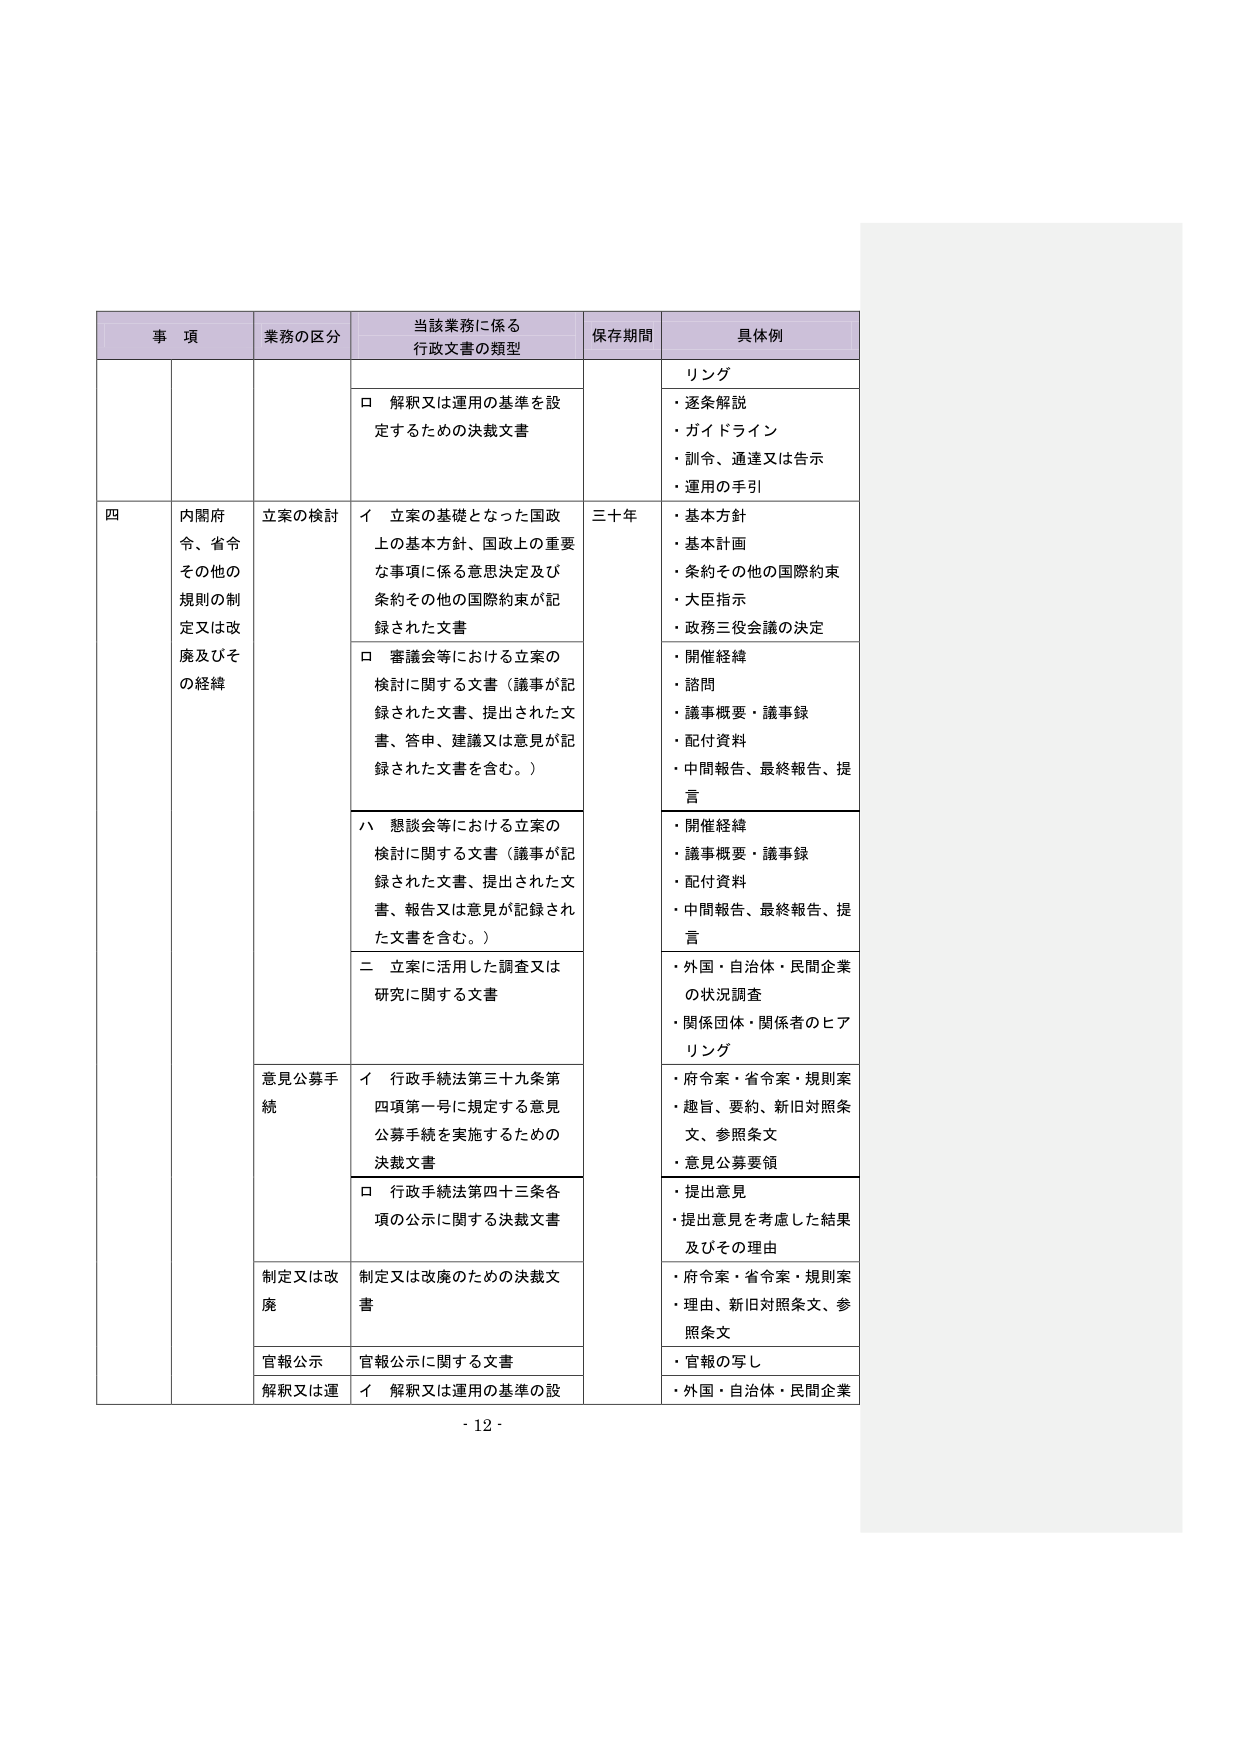
事 項 業務の区分 当該業務に係る 行政文書の類型 保存期間 具体例 リング □ 解釈又は運用の基準を設 定するための決裁文書 ・逐条解説 ・ガイドライン ・訓令、通達又は告示 ・運用の手引 四 内閣府 令、省令 その他の 規則の制 定又は改 廃及びそ の経緯 立案の検討 イ 立案の基礎となった国政 上の基本方針、国政上の重要 な事項に係る意思決定及び 条約その他の国際約束が記 録された文書 三十年 ・基本方針 ・基本計画 ・条約その他の国際約束 ・大臣指示 ・政務三役会議の決定 □ 審議会等における立案の 検討に関する文書（議事が記 録された文書、提出された文 書、答申、建議又は意見が記 録された文書を含む。） ・開催経緯 ・諮問 ・議事概要・議事録 ・配付資料 ・中間報告、最終報告、提 言 ハ 懇談会等における立案の 検討に関する文書（議事が記 録された文書、提出された文 書、報告又は意見が記録され た文書を含む。） ・開催経緯 ・議事概要・議事録 ・配付資料 ・中間報告、最終報告、提 言 二 立案に活用した調査又は 研究に関する文書 ・外国・自治体・民間企業 の状況調査 ・関係団体・関係者のヒア リング 意見公募手 続 イ 行政手続法第三十九条第 四項第一号に規定する意見 公募手続を実施するための 決裁文書 ・府令案・省令案・規則案 ・趣旨、要約、新旧対照条 文、参照条文 ・意見公募要領 □ 行政手続法第四十三条各 項の公示に関する決裁文書 ・提出意見 ・提出意見を考慮した結果 及びその理由 制定又は改 廃 制定又は改廃のための決裁文 書 ・府令案・省令案・規則案 ・理由、新旧対照条文、参 照条文 官報公示 官報公示に関する文書 ・官報の写し 解釈又は運 イ 解釈又は運用の基準の設 ・外国・自治体・民間企業 - 12 -